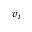
v _ { i }